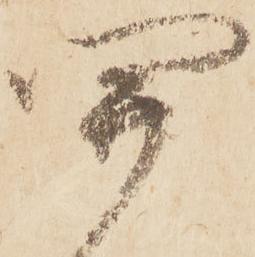
關